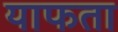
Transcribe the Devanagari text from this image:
याफता